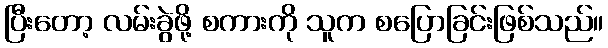
ပြီးတော့ လမ်းခွဲဖို့ စကားကို သူက စပြောခြင်းဖြစ်သည်။